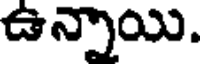
ఉన్నాయి.